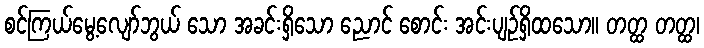
စင်ကြယ်မွေ့လျော်ဘွယ် သော အခင်းရှိသော ညောင် စောင်း အင်းပျဉ်ရှိထသော။ တတ္ထ တတ္ထ၊